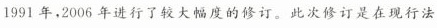
1991年，2006年进行了较大幅度的修订。此次修订是在现行法